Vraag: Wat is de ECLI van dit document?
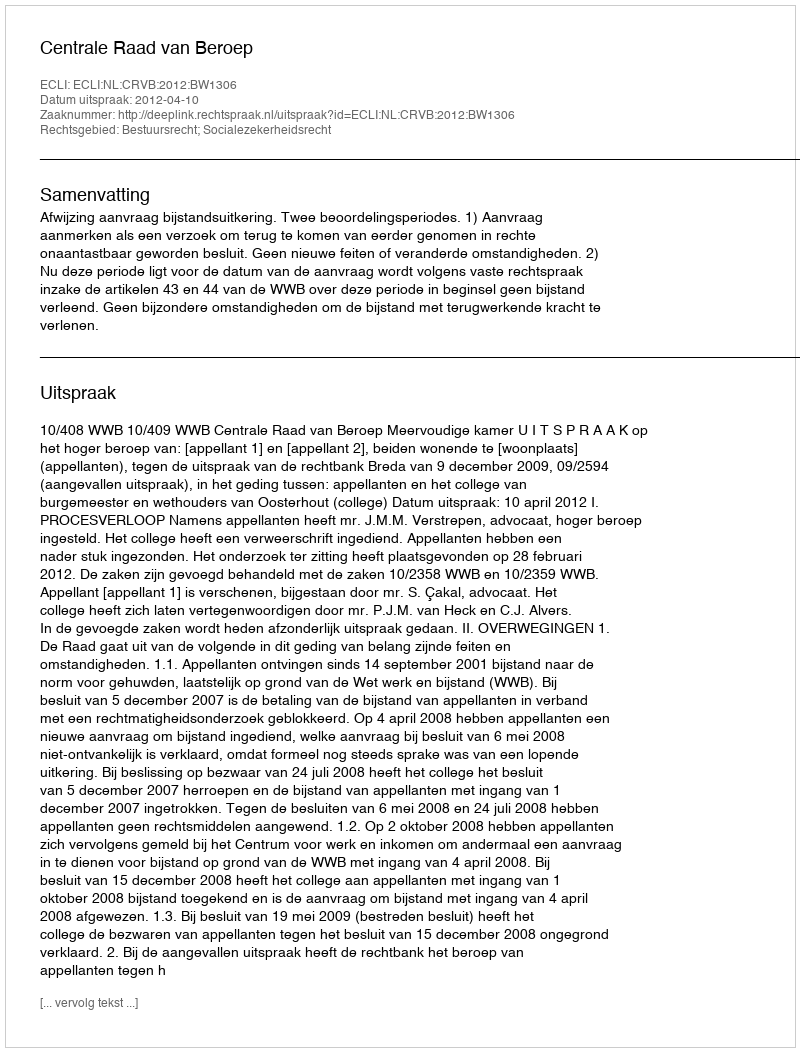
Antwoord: ECLI:NL:CRVB:2012:BW1306